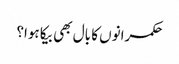
حکمرانوں کا بال بھی بیکا ہوا؟